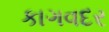
કાગવદર